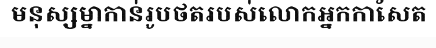
មនុស្សម្នាកាន់រូបថតរបស់លោកអ្នកកាសែត